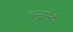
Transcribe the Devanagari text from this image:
चन्द्रसेनीय